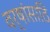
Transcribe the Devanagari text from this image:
वर्षांसाठि